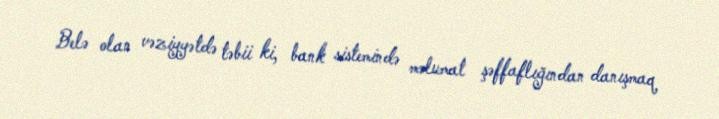
Belə olan vəziyyətdə təbii ki, bank sistemində məlumat şəffaflığından danışmaq